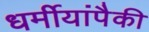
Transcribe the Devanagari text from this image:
धर्मीयांपैकी